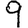
Digit: 9